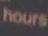
hours